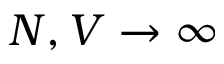
N , V \to \infty